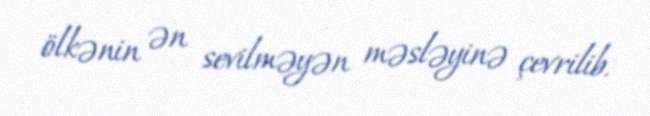
ölkənin ən sevilməyən məsləyinə çevrilib.